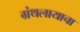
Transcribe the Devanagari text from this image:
ग्रंथलायाचा